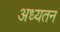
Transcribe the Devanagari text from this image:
अध्यतन